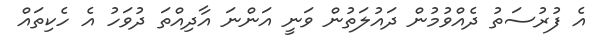
އެ ފުރުސަތު ދެއްވުމުން ދައުލަތުން ވަނީ އަންނަ އާދިއްތަ ދުވަހު އެ ހެކިތައް